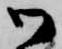
御